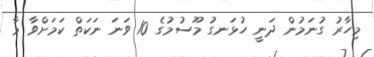
މިހާރު ގުނަމުން ދަނީ ހުޅަނގު މޫސުމުގެ 10 ވަނަ ނަކަތް ކަމަށްވާ މާ